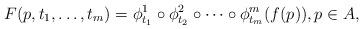
LaTeX: \begin{align*}F(p,t_1,\ldots,t_m)=\phi^1_{t_1}\circ \phi^2_{t_2}\circ\cdots\circ \phi^m_{t_m} (f(p)),p\in A,\end{align*}